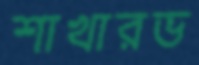
শাখারভ